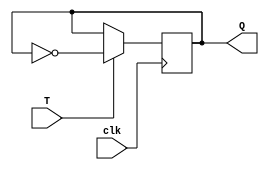
module T_flip_flop (
    input T,
    input clk,
    output reg Q
);

always @(posedge clk)
begin
    if (T)
        Q <= ~Q;
end

endmodule